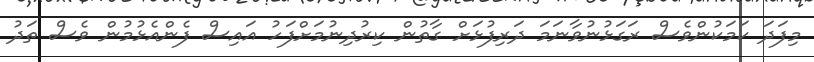
މިފަދަ ކަމަކުންވެސް ރަގަޅުނުވާނަމަ ދަރިފުޅަށް ގާތުން ކިރުދިނުމަށްފަހު އައިސް ފެންއެޅުމުން ވެސް ތަދު